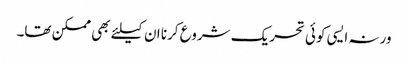
ورنہ ایسی کوئی تحریک شروع کرنا ان کیلئے بھی ممکن تھا۔